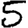
Digit: 5